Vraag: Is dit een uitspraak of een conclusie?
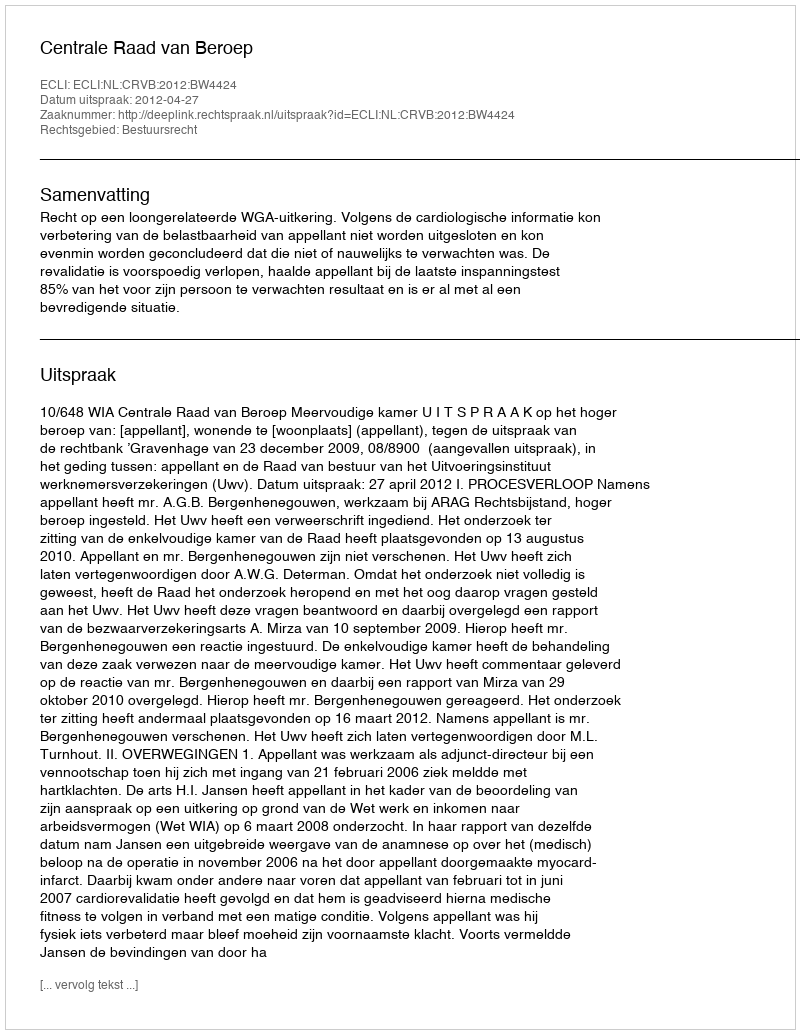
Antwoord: Uitspraak